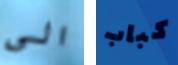
الى كباب